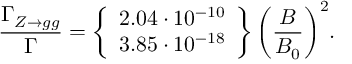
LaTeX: \frac { \Gamma _ { Z \rightarrow g g } } { \Gamma } = \left\{ \begin{array} { c } { { 2 . 0 4 \cdot 1 0 ^ { - 1 0 } } } \\ { { 3 . 8 5 \cdot 1 0 ^ { - 1 8 } } } \end{array} \right\} \biggl ( \frac { B } { B _ { 0 } } \biggr ) ^ { 2 } .